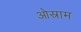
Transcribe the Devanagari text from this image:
ओस्राम